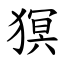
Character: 猽